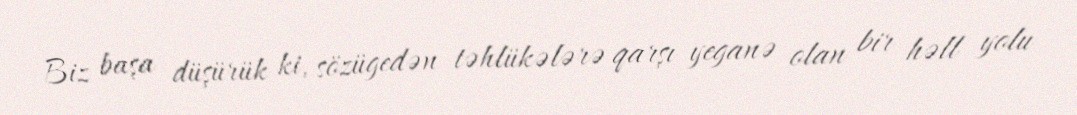
Biz başa düşürük ki, sözügedən təhlükələrə qarşı yeganə olan bir həll yolu